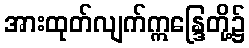
အားထုတ်လျက်ဣန္ဒြေတို့၌